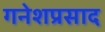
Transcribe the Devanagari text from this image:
गनेशप्रसाद